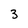
Character: 3